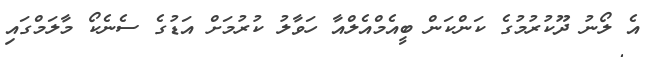
އެ ލޯނު ދޫކުރުމުގެ ކަންކަން ބީއެމްއެލްއާ ހަވާލު ކުރުމަށް އަޑުގެ ސެނެކޯ މާލަމްގައި